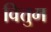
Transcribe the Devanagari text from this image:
वित्तुम